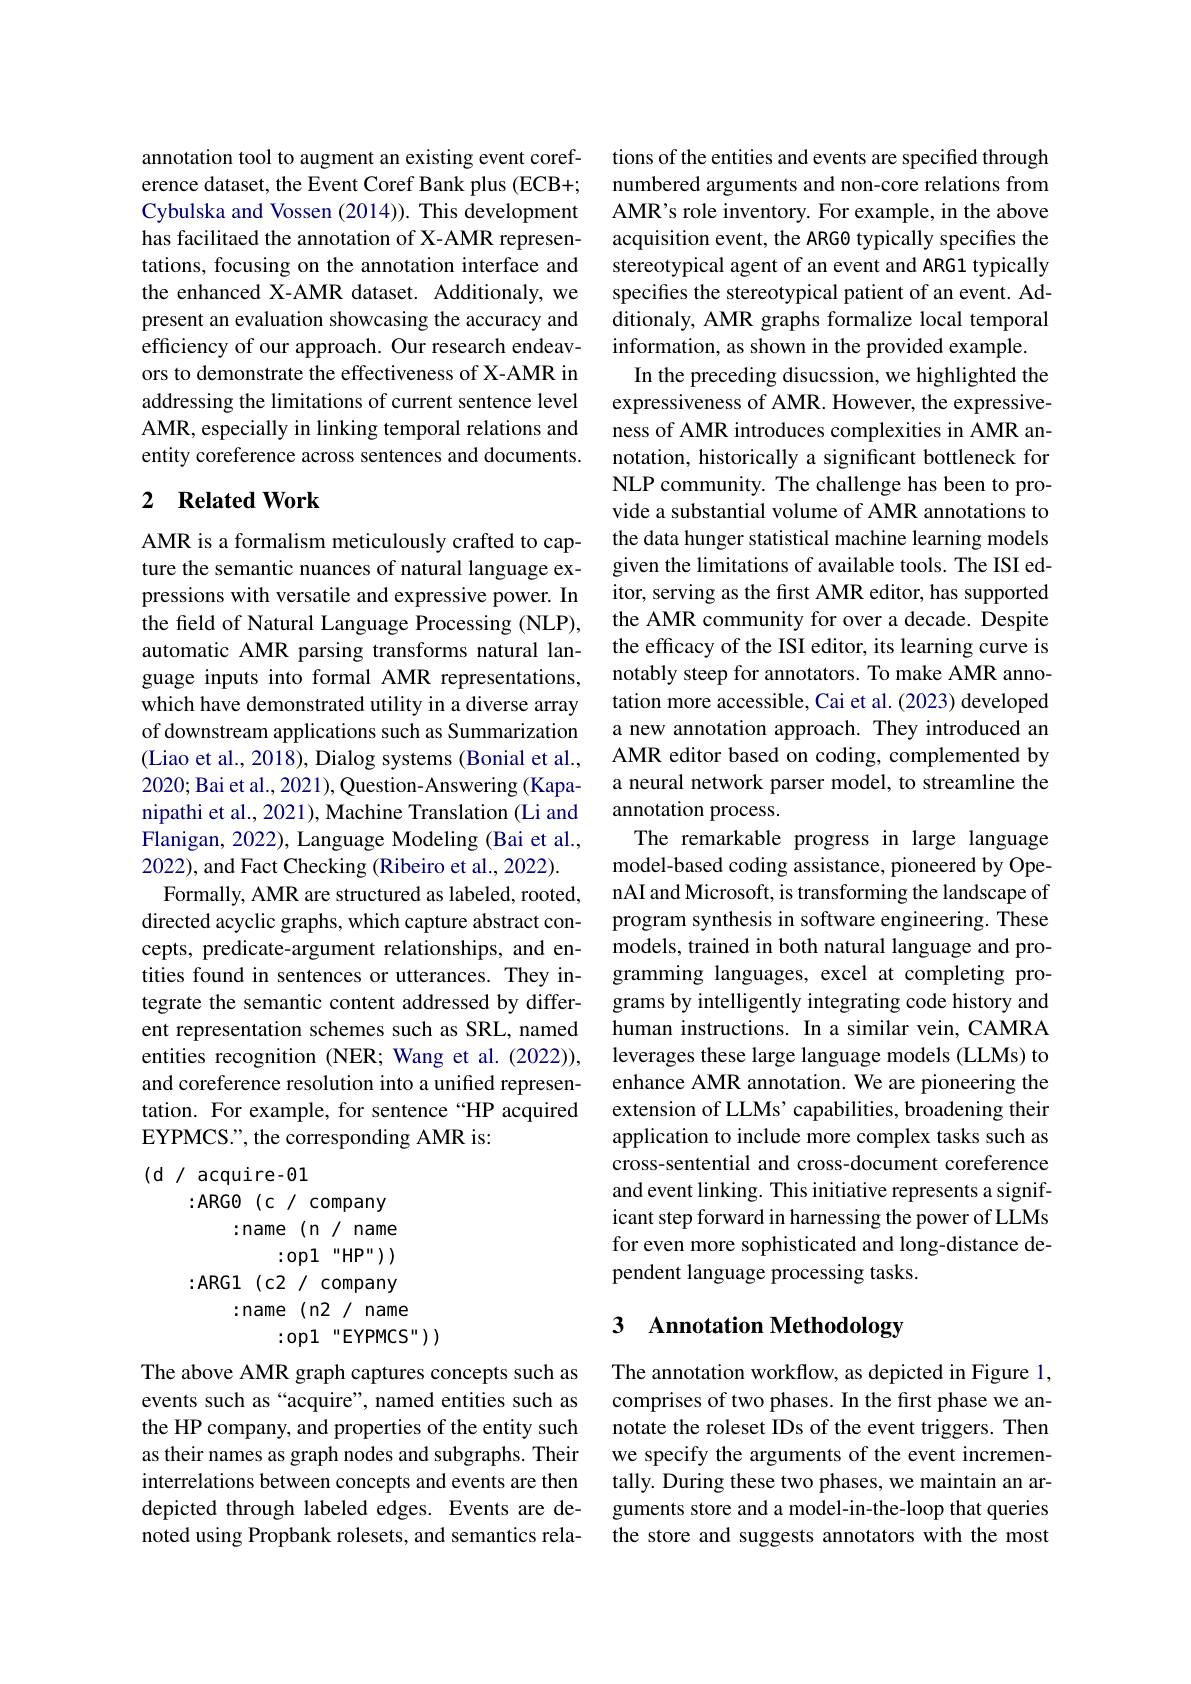
annotation tool to augment an existing event coreference dataset, the Event Coref Bank plus (ECB+; Cybulska and Vossen (2014)). This development has facilitaed the annotation of X-AMR representations, focusing on the annotation interface and the enhanced X-AMR dataset. Additionaly, we present an evaluation showcasing the accuracy and efficiency of our approach. Our research endeavors to demonstrate the effectiveness of X-AMR in addressing the limitations of current sentence level AMR, especially in linking temporal relations and entity coreference across sentences and documents.

## 2 $\textbf{Related Work}$

AMR is a formalism meticulously crafted to capture the semantic nuances of natural language expressions with versatile and expressive power. In the field of Natural Language Processing (NLP), automatic AMR parsing transforms natural language inputs into formal AMR representations, which have demonstrated utility in a diverse array of downstream applications such as Summarization (Liao et al., 2018), Dialog systems (Bonial et al., 2020; Bai et al., 2021), Question- Answering (Kapanipathi et al., 2021), Machine Translation (Li and Flanigan, 2022), Language Modeling (Bai et al., 2022), and Fact Checking (Ribeiro et al., 2022).
Formally, AMR are structured as labeled, rooted, directed acyclic graphs, which capture abstract concepts, predicate-argument relationships, and entities found in sentences or utterances. They integrate the semantic content addressed by different representation schemes such as SRL, named entities recognition (NER; Wang et al. (2022)), and coreference resolution into a unified representation. For example, for sentence “HP acquired EYPMCS.", the corresponding AMR is:
(d/ acquire-01

:ARGO (c / company
:name (n/ name
:opl "HP")
:ARG1 (c2 / company
:name (n2/ name
:op1 "EYPMCS"))

The above AMR graph captures concepts such as events such as“acquire”, named entities such as the HP company, and properties of the entity such as their names as graph nodes and subgraphs. Their interrelations between concepts and events are then depicted through labeled edges. Events are denoted using Propbank rolesets, and semantics rela-

tions of the entities and events are specified through numbered arguments and non-core relations from AMR's role inventory. For example, in the above acquisition event, the ARGO typically specifies the stereotypical agent of an event and ARG1 typically specifies the stereotypical patient of an event. Additionaly, AMR graphs formalize local temporal information, as shown in the provided example.
In the preceding disucssion, we highlighted the expressiveness of AMR. However, the expressiveness of AMR introduces complexities in AMR annotation, historically a significant bottleneck for NLP community. The challenge has been to provide a substantial volume of AMR annotations to the data hunger statistical machine learning models given the limitations of available tools. The ISI editor, serving as the first AMR editor, has supported the AMR community for over a decade. Despite the efficacy of the ISI editor, its learning curve is notably steep for annotators. To make AMR annotation more accessible, Cai et al. (2023) developed a new annotation approach. They introduced an AMR editor based on coding, complemented by a neural network parser model, to streamline the annotation process.
The remarkable progress in large language model-based coding assistance, pioneered by OpenAI and Microsoft, is transforming the landscape of program synthesis in software engineering. These models, trained in both natural language and programming languages, excel at completing programs by intelligently integrating code history and human instructions. In a similar vein, CAMRA leverages these large language models (LLMs) to enhance AMR annotation. We are pioneering the extension of LLMs' capabilities, broadening their application to include more complex tasks such as cross-sentential and cross-document coreference and event linking. This initiative represents a significant step forward in harnessing the power of LLMs for even more sophisticated and long-distance dependent language processing tasks.

# 3 Annotation Methodology

The annotation workflow, as depicted in Figure 1, comprises of two phases. In the first phase we annotate the roleset IDs of the event triggers. Then we specify the arguments of the event incrementally. During these two phases, we maintain an arguments store and a model-in-the-loop that queries the store and suggests annotators with the most